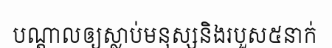
បណ្តាលឲ្យស្លាប់មនុស្សនិងរបួស៥នាក់